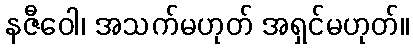
နဇီဝေါ၊ အသက်မဟုတ် အရှင်မဟုတ်။